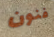
فنون